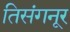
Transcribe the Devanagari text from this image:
तिसंगनूर